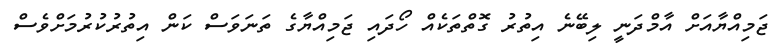
ޖަމިއްޔާއަށް އާމްދަނީ ލިބޭނެ އިތުރު ގޮތްތަކެއް ހޯދައި ޖަމިއްޔާގެ ތަނަވަސް ކަން އިތުރުކުރުމަށްވެސް